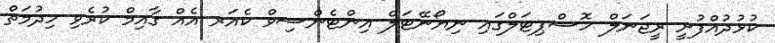
ކުޅުދުއްފުށީ ރީޖަނަލް ހޮސްޕިޓަލްގައި ނިޔޯނޭޓަލް އިންޓެންސިވް ކެއަރ އެއް ގާއިމް ކުރެވި ހިދުމަތް